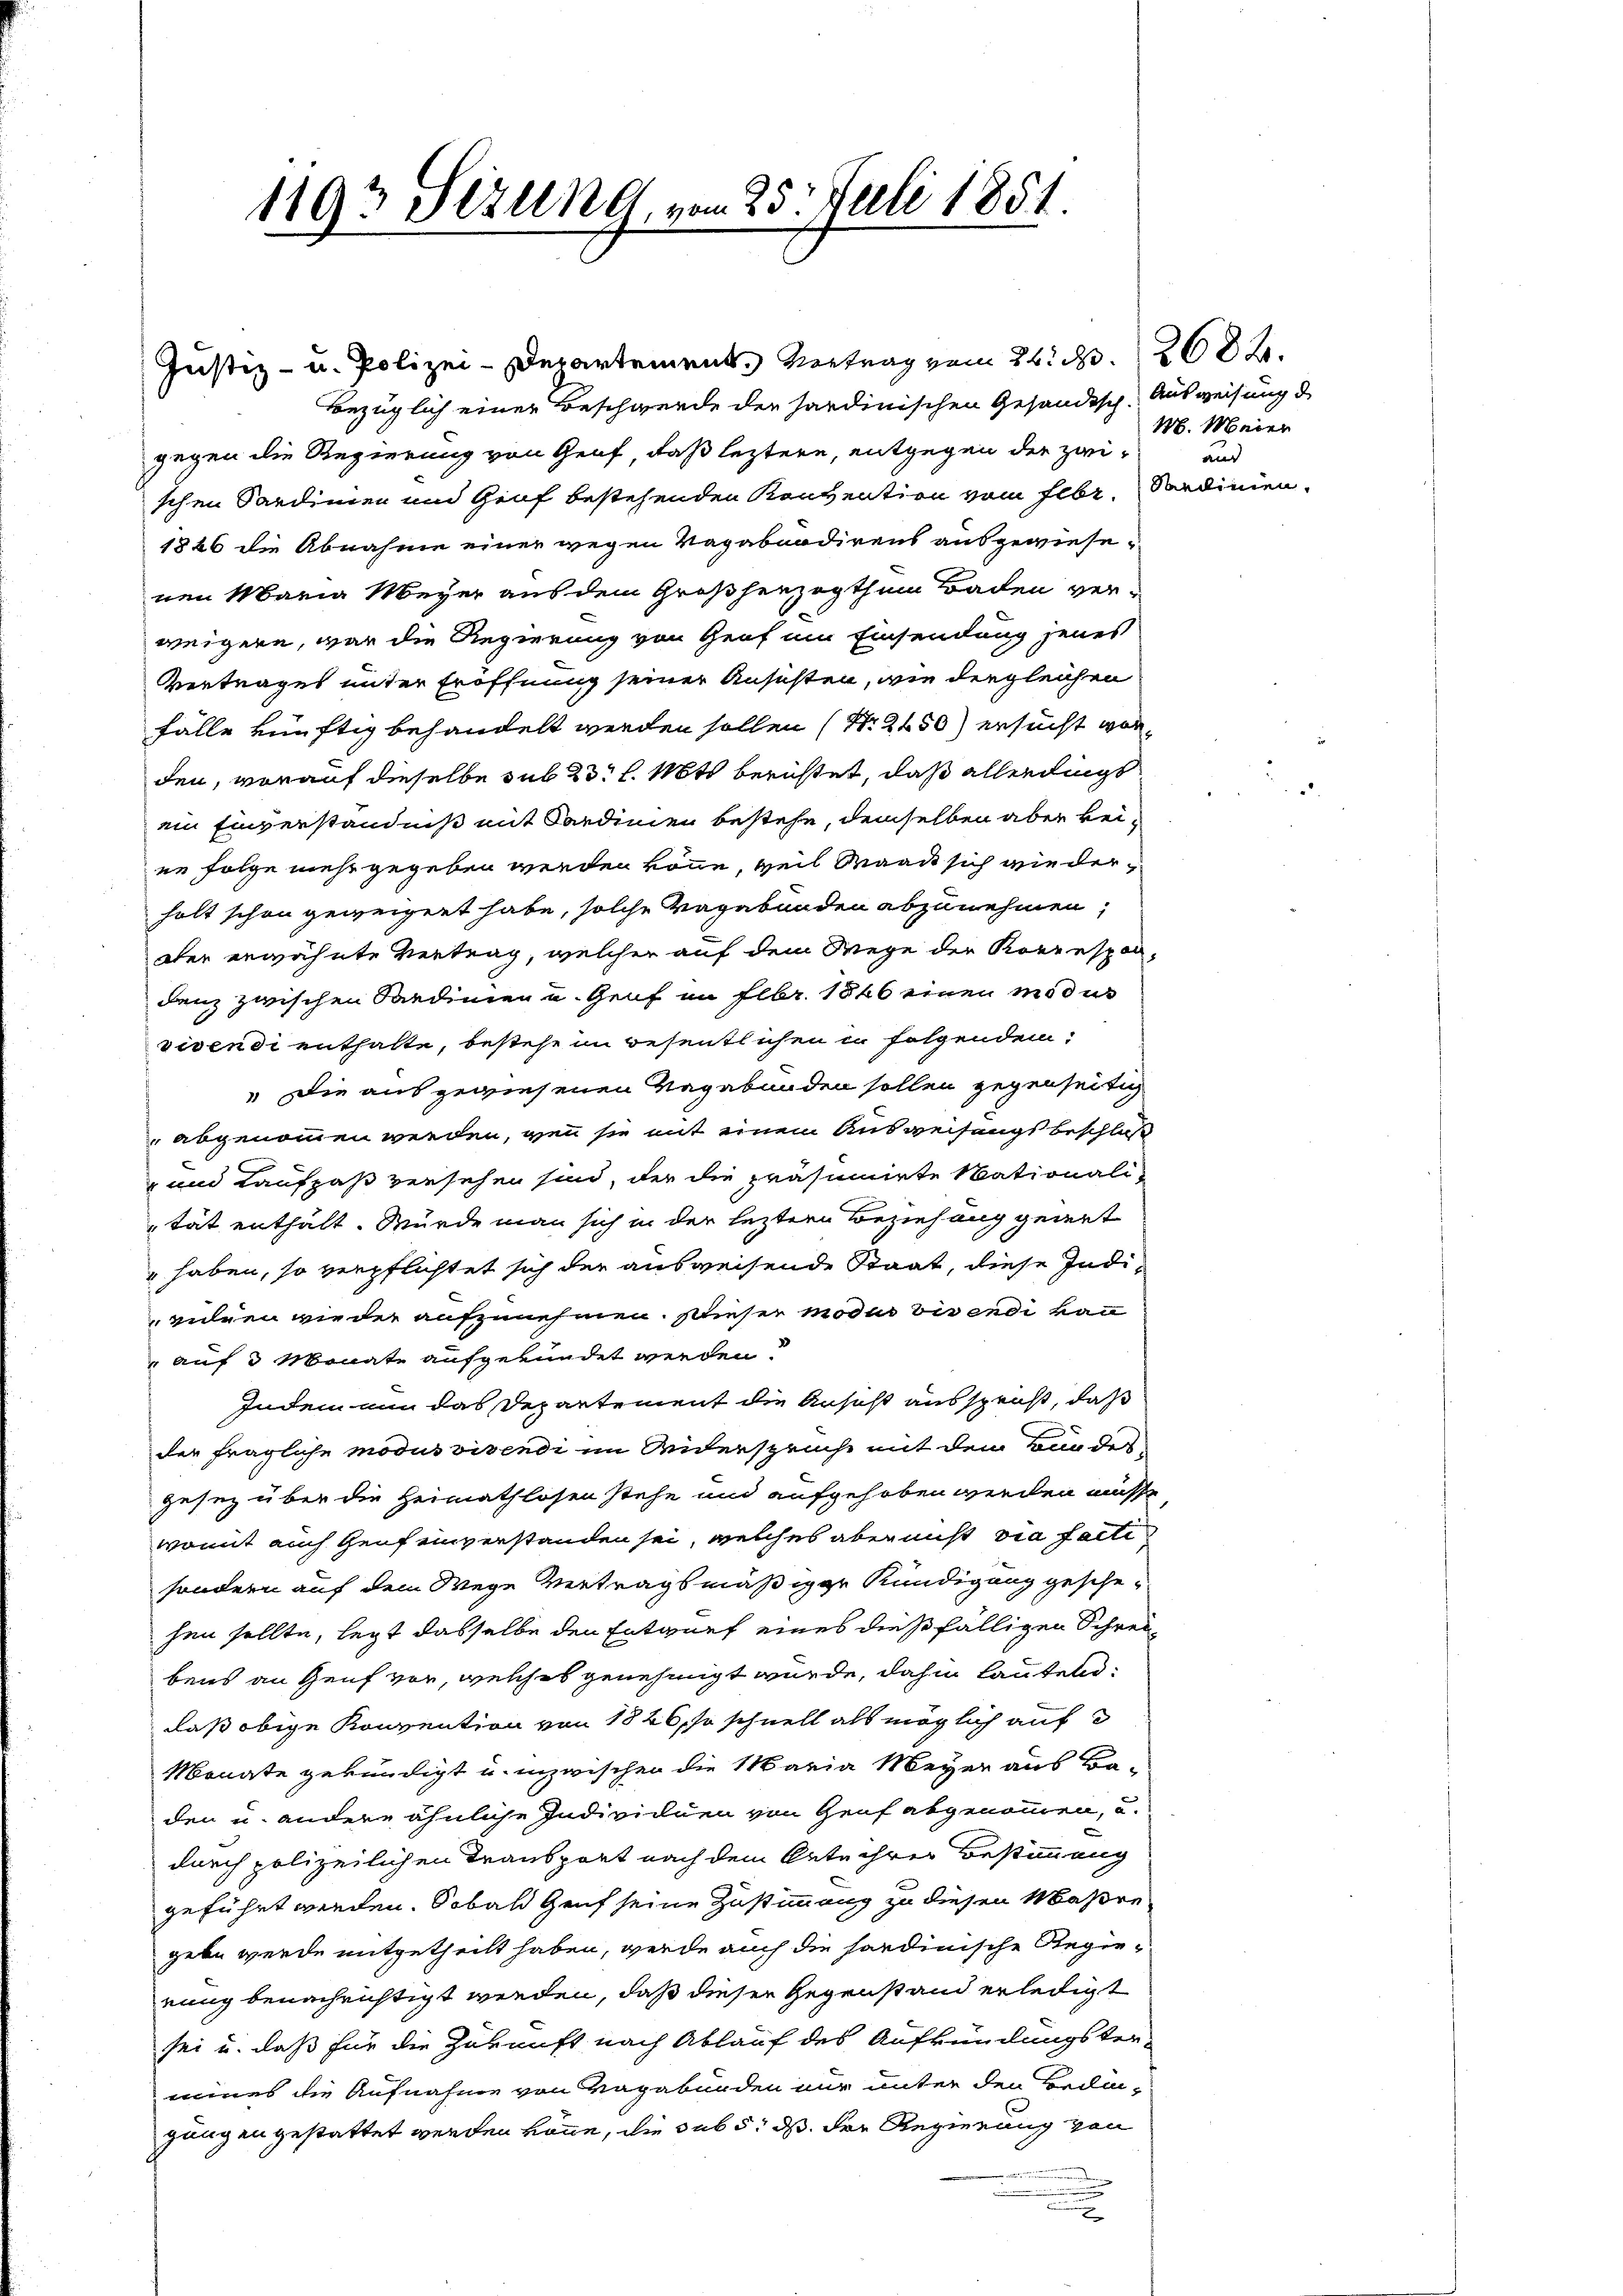
1193 Sizung, vom 25. Juli 1851.

Justiz- u. Polizei-Departement. Vertrag vom 24. d. 268.
Bezüglich einer Beschwerde der sardinischen Gesandtsch. Ausweisung d
gegen die Regierung von Genf, daß letztere, entgegen der zwi-
schen Sardinien und Genf bestehenden Konvention vom Febr.
1826 die Abnahme einer wegen Vagabundirens ausgewiesenen Maria Meyer aus dem Großherzogthum Baden ver-
weigern, war die Regierung von Graf um Einsendung jenes
Vertrages unter Eröffnung seiner Ansichten, wie dergleichen
fälle künftig behandelt werden sollen (N. 2450) ersucht worden, worauf dieselbe sub 23. l. Mts berichtet, daß allerdings
ein Einverständniß mit Sardinien bestehe, demselben aber keien Folge mehr gegeben werden könne, weil Waadt sich wiederholt schon geweigert habe, solche Vagabunden abzunehmen,
ober erwähnte Vertrag, welcher auf dem Wege der Korrespon-
denz zwischen Sardinien u. Genf im Febr. 1846 einen modus
vivendi enthalte, bestehe in Besentlichen in folgendem
 Die ausgewiesenen Vagabunden sollen gegenseitig
abgenommen werden, wenn sie mit einem Ausweisungs beschloß
" und Kaufpaß versehen sind, der die präsumirte Nationali-
tät enthält. Würde man sich in der leztere Beziehung gewert
" haben, so verpflichtet sich der ausweisende Staat, diese Individuen wie der aufzunehmen. Dieser modus bis endi kann
auf 3 Monate aufgekündet werden.
Indem nun das Departement die Ansist ausspenst, daß
der fragliche modus vivendi im Widerspruche mit den von des
gesez über die Heimathlosen stehe und aufgehoben werden müsse
womit auch Genf einverstanden sei, welches aber nicht via falti
sondern auf dem Wege vertragsmäßiger Kündigung geschehen sollte, legt dasselbe den Entwurf eines dießfälligen Schreibens an Genf vor, welches genehmigt wurde, dahin lauten:
daß obige Konvention von 1846, so schnell als möglich auf
Monate gekündigt u. inzwischen die Maria Meyer aus Ba-
den u. andere ähnliche Individuen von Genf abgenommen, u.
durch polizeilichen Transport nach dem Orte ihrer Bestimmung
geführt werden. Sobald Genf seine Zustimmung zu diesen Maßre
gebe werde mitgetheilt haben, werde auch die sondinische Regierung benachrichtigt werden, daß dieser Gegenstand erledigt
sei u. daß für die Zukunft nach Ablauf des Aufkündungster-
mines die Aufnahme von Vagabunden nur unter den Bedingungen gestattet werden könne, die sub 5. ds. der Regierung von
d

M. Meier
and
Serdinien.